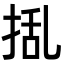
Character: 𭡃